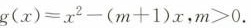
$$g ( x ) = x ^ { 2 } - ( m + 1 ) x$$，$$m > 0$$.